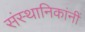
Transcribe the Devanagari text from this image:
संस्थानिकांनीं